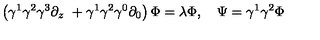
\left( \gamma ^ { 1 } \gamma ^ { 2 } \gamma ^ { 3 } \partial _ { z } \ + \gamma ^ { 1 } \gamma ^ { 2 } \gamma ^ { 0 } \partial _ { 0 } \right) \Phi = \lambda \Phi , \quad \Psi = \gamma ^ { 1 } \gamma ^ { 2 } \Phi